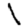
Digit: 1